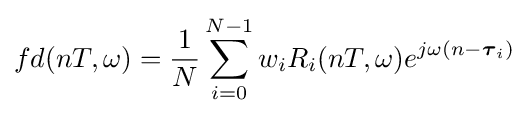
fd(nT,\omega )={\frac {1}{N}}\sum _{i=0}^{N-1}w_{i}R_{i}(nT,\omega )e^{j\omega (n-{\boldsymbol {\tau }}_{i})}